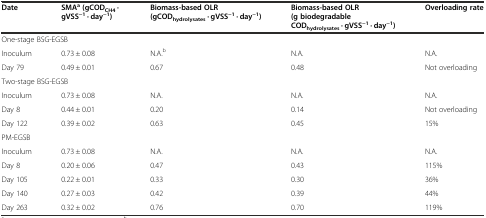
<table><thead><tr><td><b>Date</b></td><td><b>SMA<sup>a</sup>(gCOD<sub>CH4</sub> · gVSS<sup>−1</sup> · day<sup>−1</sup>)</b></td><td><b>Biomass-based OLR (gCOD<sub>hydrolysates</sub> · gVSS<sup>−1</sup> · day<sup>−1</sup>)</b></td><td><b>Biomass-based OLR (g biodegradable COD<sub>hydrolysates</sub> · gVSS<sup>−1</sup> · day<sup>−1</sup>)</b></td><td><b>Overloading rate</b></td></tr></thead><tbody><tr><td colspan="5">One-stage BSG-EGSB</td></tr><tr><td>Inoculum</td><td>0.73 ± 0.08</td><td>N.A.<sup>b</sup></td><td>N.A.</td><td>N.A.</td></tr><tr><td>Day 79</td><td>0.49 ± 0.01</td><td>0.67</td><td>0.48</td><td>Not overloading</td></tr><tr><td colspan="5">Two-stage BSG-EGSB</td></tr><tr><td>Inoculum</td><td>0.73 ± 0.08</td><td>N.A.</td><td>N.A.</td><td>N.A.</td></tr><tr><td>Day 8</td><td>0.44 ± 0.01</td><td>0.20</td><td>0.14</td><td>Not overloading</td></tr><tr><td>Day 122</td><td>0.39 ± 0.02</td><td>0.63</td><td>0.45</td><td>15%</td></tr><tr><td colspan="5">PM-EGSB</td></tr><tr><td>Inoculum</td><td>0.73 ± 0.08</td><td>N.A.</td><td>N.A.</td><td>N.A.</td></tr><tr><td>Day 8</td><td>0.20 ± 0.06</td><td>0.47</td><td>0.43</td><td>115%</td></tr><tr><td>Day 105</td><td>0.22 ± 0.01</td><td>0.33</td><td>0.30</td><td>36%</td></tr><tr><td>Day 140</td><td>0.27 ± 0.03</td><td>0.42</td><td>0.39</td><td>44%</td></tr><tr><td>Day 263</td><td>0.32 ± 0.02</td><td>0.76</td><td>0.70</td><td>119%</td></tr></tbody></table>